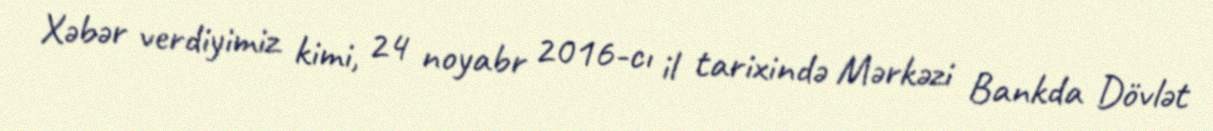
Xəbər verdiyimiz kimi, 24 noyabr 2016-cı il tarixində Mərkəzi Bankda Dövlət